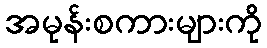
အမုန်းစကားများကို